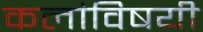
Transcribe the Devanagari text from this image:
कलांविषयी